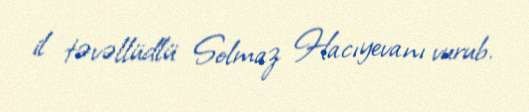
il təvəllüdlü Solmaz Hacıyevanı vurub.